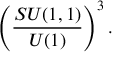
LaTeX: \left( \frac { S U ( 1 , 1 ) } { U ( 1 ) } \right) ^ { 3 } .